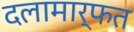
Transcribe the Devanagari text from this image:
दलामार्फत